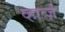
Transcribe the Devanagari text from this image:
व्हार्व्ज़